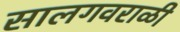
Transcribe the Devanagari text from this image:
सालगवराळी